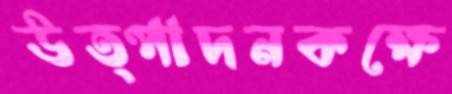
উত্পাদনকক্ষে